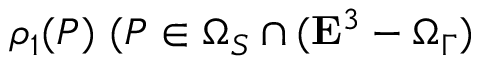
\rho _ { 1 } ( P ) \, \, ( P \in \Omega _ { S } \cap ( { \bf E } ^ { 3 } - \Omega _ { \Gamma } )